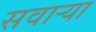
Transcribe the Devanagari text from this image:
सवाऱ्या